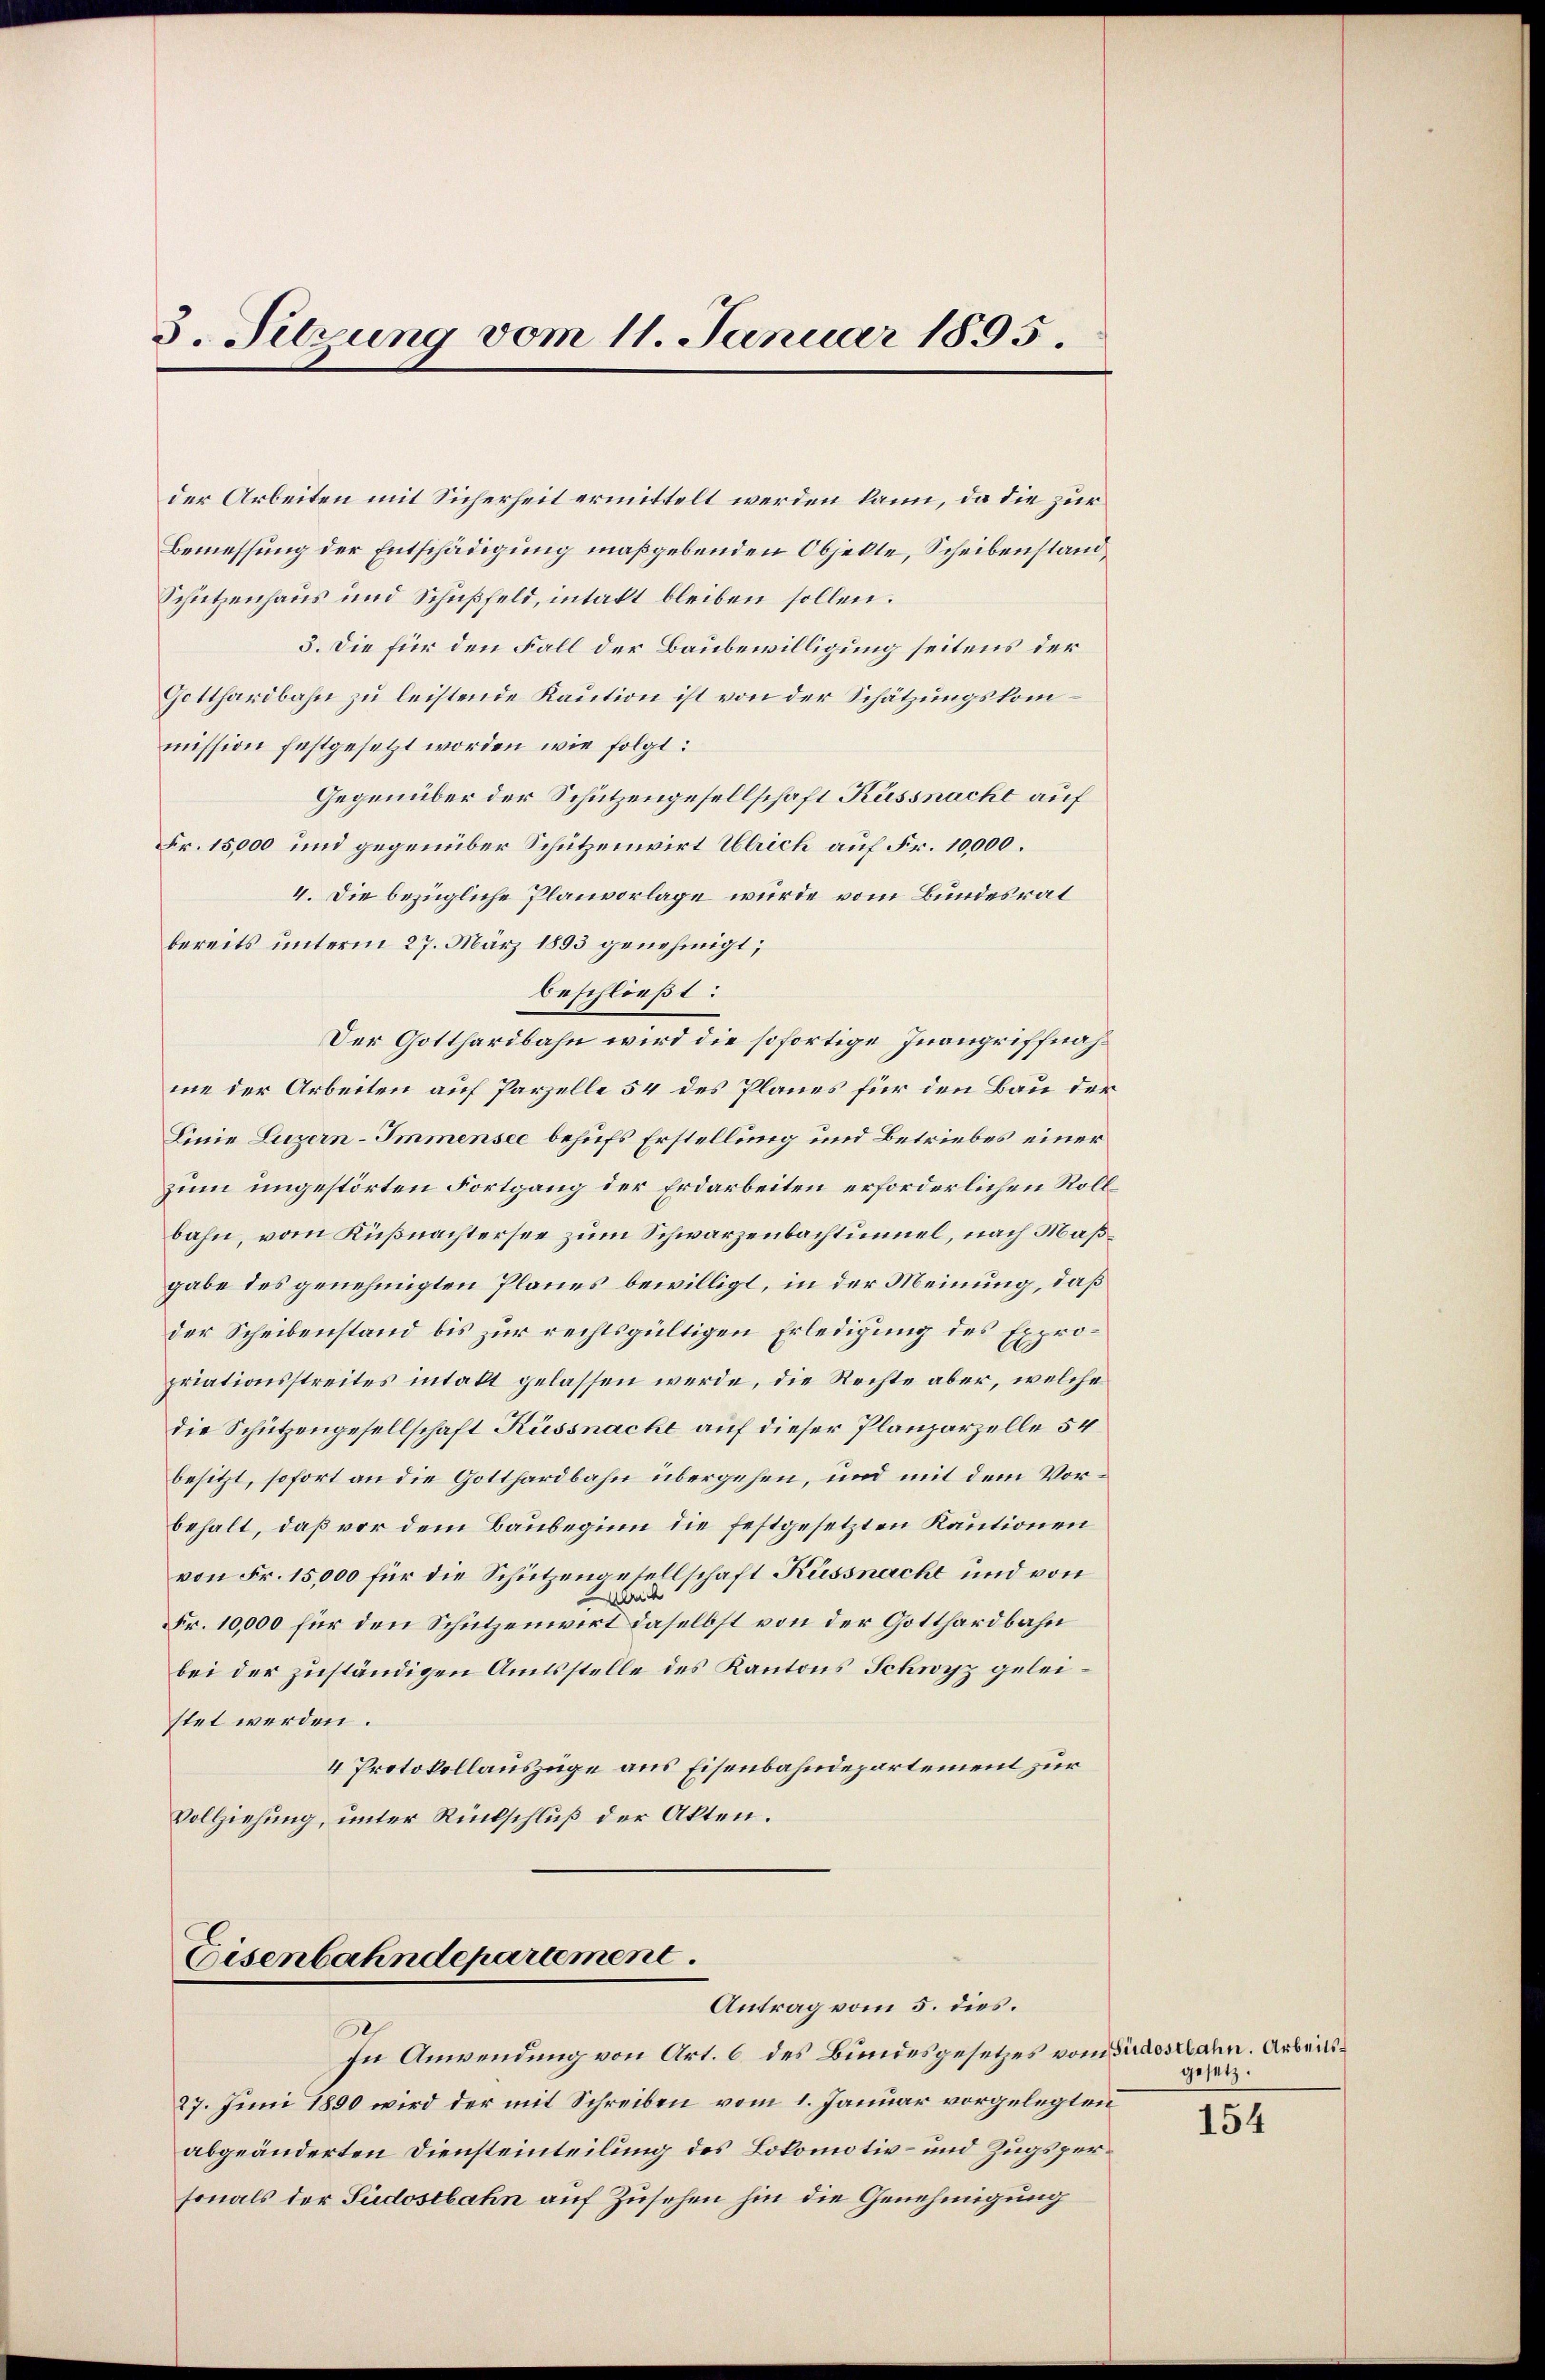
5. Sitzung vom 11. Januar 1895.

der Arbeiten mit Sicherheit ermittelt werden kann, da die zur
Bemessung der Entschädigung maßgebenden Objekte, Scheibenstand,
Schützenhaus und Schußfeld, intakt bleiben sollen.
3. Die für den Fall der Baubewilligung seitens der
Gotthardbahn zu leistende Kaution ist von der Schätzungskommission festgesetzt worden wie folgt:
Gegenüber der Schützengesellschaft Kussnacht auf
Fr. 15,000 und gegenüber Schutzenwirt Ulrich auf Fr. 10,000.
4. Die bezügliche Planvorlage wurde vom Bundesrat
bereits unterm 27. März 1893 genehmigt;
beschließt:
Der Gotthardbahn wird die sofortige Inangriffnahme der Arbeiten auf Parzelle 54 des Planes für den Bau der
Linie Luzern–Immensee behufs Erstellung und Betriebes einer
zum ungestörten Fortgang der Erdarbeiten erforderlichen Roll
bahn, vom Küßnachtersee zum Schwarzenbachtunnel, nach Maßgabe des genehmigten Planes bewilligt, in der Meinung, daß
der Scheibenstand bis zur rechtsgültigen Erledigung des Expropriationsstreites intakt gelassen werde, die Rechte aber, welche
die Schützengesellschaft Küssnacht auf dieser Planzorzelle 54
besitzt, sofort an die Gotthardbahn übergehen, und mit dem Vorbehalt, daß vor dem Baubeginn die festgesetzten Kautionen
von Fr. 15,000 für die Schützengesellschaft Küssnacht und von
Bi
Fr. 10,000 für den Schützenwirt daselbst von der Gotthardbahn
bei der zuständigen Amtsstelle des Kantons Schwyz geleistet werden.
4 Protokollauszüge aus Eisenbahndepartement zur
Vollziehung, unter Rückschluß der Akten.

Eisenbahndepartement.
Antrag vom 5. dies.

In Anwendung von Art. 6 des Bundesgesetzes vom Südostbahn. Arbeits¬
27. Juni 1890 wird der mit Schreiben vom 1. Januar vorgelegten
abgeänderten Diensteinteilung des Lokomotiv- und Zugspersonals der Sudostbahn auf Zusehen hin die Genehmigung

gesetz.
154